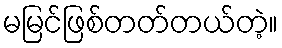
မမြင်ဖြစ်တတ်တယ်တဲ့။